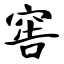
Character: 窖